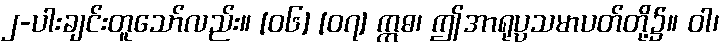
၂-ပါးချင်းတူသော်လည်း။ [၀၆] [၀၇] ဣဓ၊ ဤအာရုပ္ပသမာပတ်တို့၌။ ဝါ၊